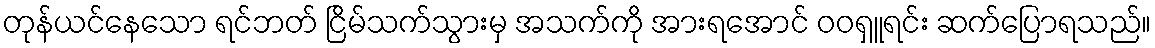
တုန်ယင်နေသော ရင်ဘတ် ငြိမ်သက်သွားမှ အသက်ကို အားရအောင် ဝဝရှူရင်း ဆက်ပြောရသည်။